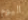
اليوم